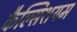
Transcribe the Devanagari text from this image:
कैल्सिशयम